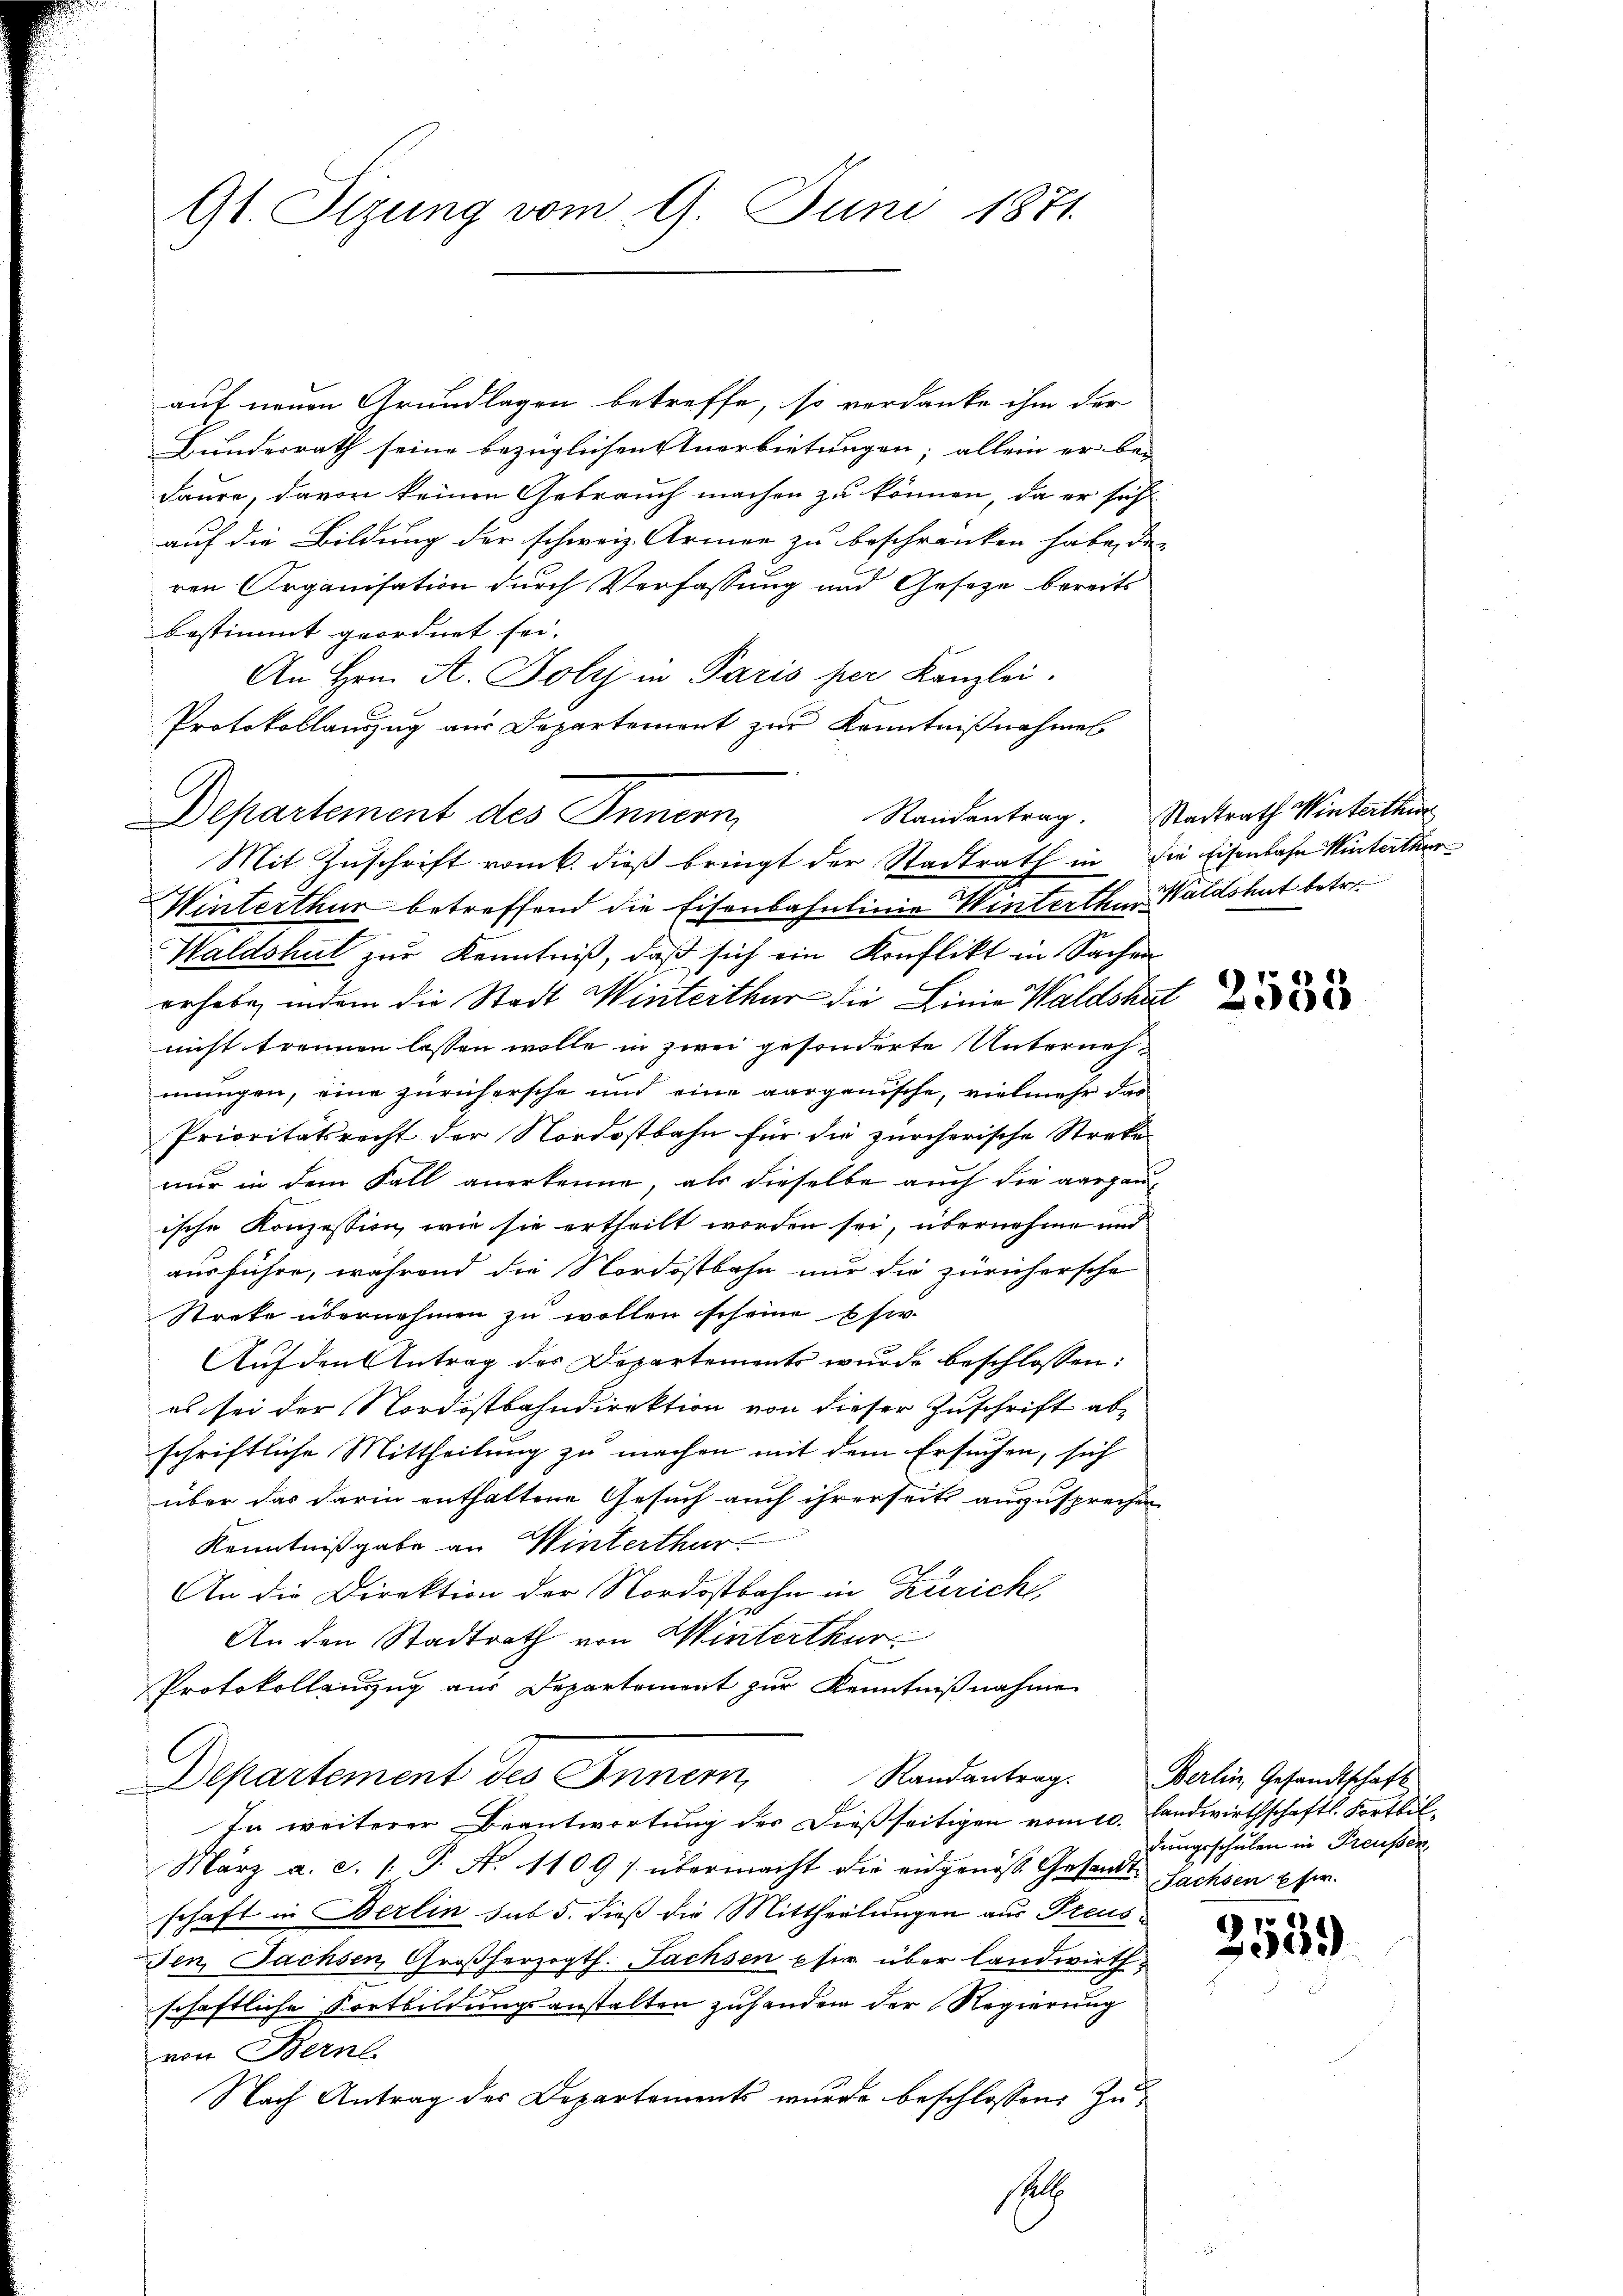
Gt. Sizung vom 9. Juni 1871

auf neuen Grundlagen betreffe, so verdanke ihm der
Bundesrath seine bezüglichen Anerbietungen; allein er be-
daure, davon keinen Gebrauch machen zu können, da er sich
auf die Bildung der schweiz. Armen zu beschränken habe, die |
ren Organisation durch Verfassung und Geseze bereits
bestimmt geordnet sei. |
An Hrn. A. Polyj in Paris per Kanzlei.
Protokollauszug aus Departement zur Kenntnißnahmes
Departement des Innern,
Mit Zuschrift vom 6. dieß bringt der Stadtrath in die Eisenbahn Winterthur
Winterthur betreffend die Eisenbahnlinie Winterthur, Waldshut betr.
Waldshut zur Kenntniß, daß sich ein Konflikt in Sachen
erhabe, indem die Stadt Winterthur die Linie Waldshut
nicht trennen lassen wolle in zwei gesonderte Unternehmungen, eine zurichersche und eine aarganische, vielmehr das
Prioritätsrecht der Nordostbahn für die zürcherische Streke
nur in dem Fall anerkenne, als dieselbe auch die aargauische Konzession, wie sie ertheilt worden sei, übernehme und
ausführe, während die Nordostbahn nur die zürichersche
Strafe übernehmen zu wollen scheine Ei
Auf den Antrag des Departements wurde beschlossen:
es sei der Nordostbahndirektion von dieser Zuschrift abschriftliche Mittheilung zu machen mit dem Ersuchen, sich
über das darin enthaltene Gesuch auch ihrerseit auszusprechen
Kenntnißgabe an Winterthur.
An die Direktion der Nordostbahn in Zürich,
An den Stadtrath von Winterthur
Protokollauszug aus Departement zur Kenntnißnahme
Randantrag. Berlin, Gesandtschaft
Departement des
In weiterer Beantwortung des Dießseitigen vom 10. Landwirthschaftl. Fortbil
März a. c. (T. N. 1109/ übermacht die eidgenöss. Gesandt-Sachsen eher.
schaft in Berlin sub 5. dieß die Mittheilungen aus Preusen, Sachsen, Großherzogth. Fachsen pfer über landwirthschaftliche Fortbildungsanstalten zuhanden der Regierung
von Bern.
Nach Antrag des Departements wurde beschlossen: Zu¬

s

Randantrag. Stadtrath Winterthur

dungsschulen in Preußen,

2559